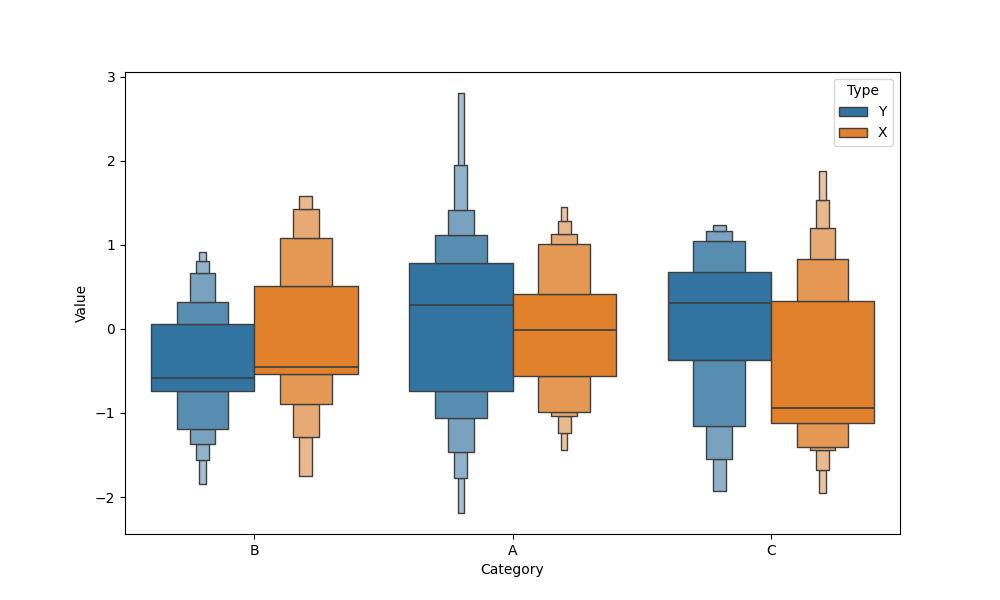
python, seaborn, boxenplot, k_depth='full', linewidth=1, scale='exponential', outlier_prop=0.2, showfliers=True